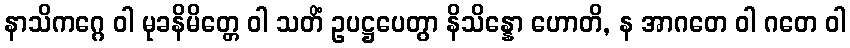
နာသိကဂ္ဂေ ဝါ မုခနိမိတ္တေ ဝါ သတိံ ဥပဋ္ဌပေတွာ နိသိန္နော ဟောတိ, န အာဂတေ ဝါ ဂတေ ဝါ